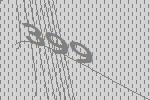
399